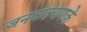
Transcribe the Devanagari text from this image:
जनकल्यणके